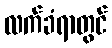
လက်ခံရာတွင်